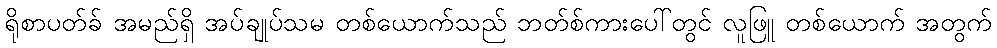
ရိုစာပတ်ခ် အမည်ရှိ အပ်ချုပ်သမ တစ်ယောက်သည် ဘတ်စ်ကားပေါ်တွင် လူဖြူ တစ်ယောက် အတွက်